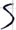
Text: S